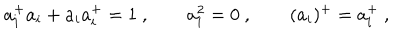
LaTeX: a _ { i } ^ { + } a _ { i } + a _ { i } a _ { i } ^ { + } = 1 \ , \qquad a _ { i } ^ { 2 } = 0 \ , \qquad ( a _ { i } ) ^ { + } = a _ { i } ^ { + } \ ,